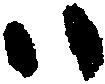
ハ